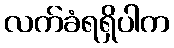
လက်ခံရရှိပါက